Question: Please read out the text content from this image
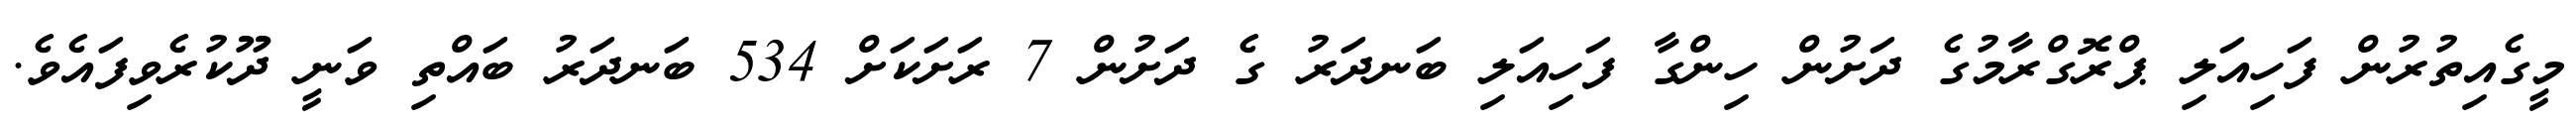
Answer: މީގެއިތުރުން ފަހިއަލި ޕްރޮގްރާމުގެ ދަށުން ހިންގާ ފަހިއަލި ބަނދަރު ގެ ދަށުން 7 ރަށަކަށް 534 ބަނދަރު ބައްތި ވަނީ ދޫކުރެވިފައެވެ.